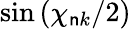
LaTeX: \sin{(\chi_{\mathsf{n}k}/2)}